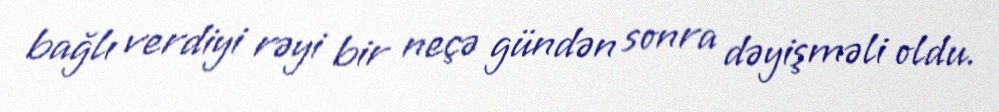
bağlı verdiyi rəyi bir neçə gündən sonra dəyişməli oldu.